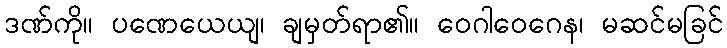
ဒဏ်ကို။ ပဏေယေယျ၊ ချမှတ်ရာ၏။ ဝေဂါဝေဂေန၊ မဆင်မခြင်